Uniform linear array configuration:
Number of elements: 12
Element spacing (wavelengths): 0.5
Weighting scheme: cosine
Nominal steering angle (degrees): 60
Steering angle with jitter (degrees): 58.464
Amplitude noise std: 0.05
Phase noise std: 0.05

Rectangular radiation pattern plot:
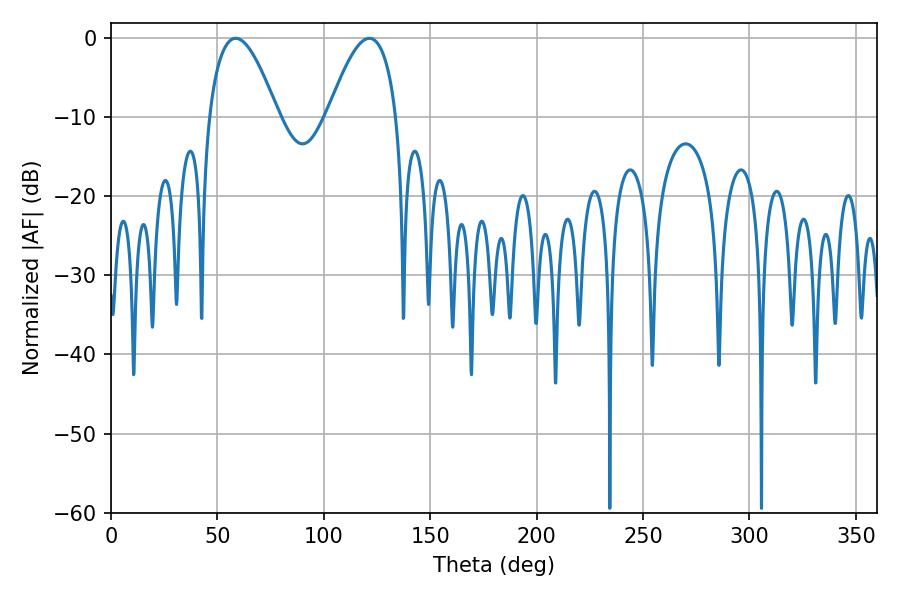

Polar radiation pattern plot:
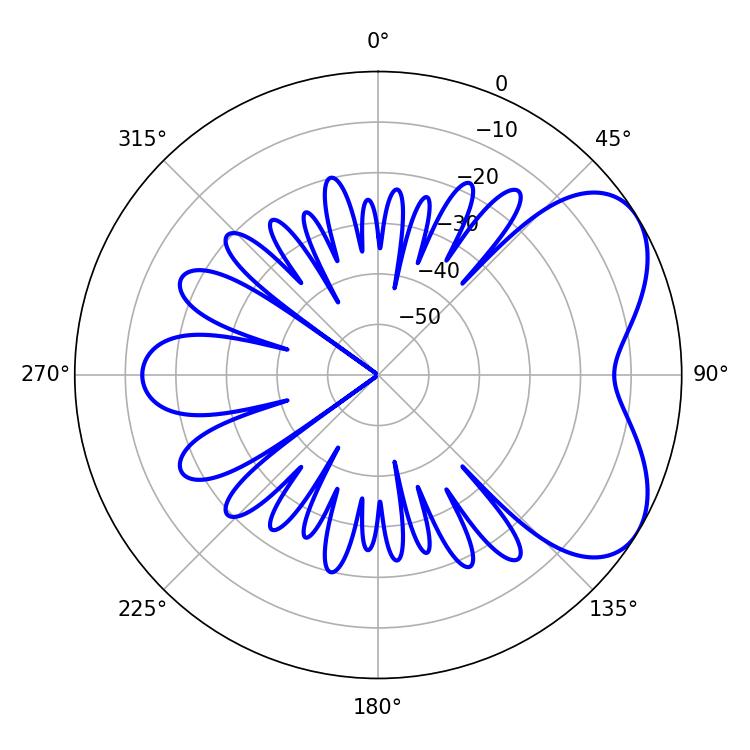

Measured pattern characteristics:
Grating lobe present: FALSE
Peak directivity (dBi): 5.437
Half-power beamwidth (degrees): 17.64
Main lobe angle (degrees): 58.68